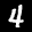
Label: 4